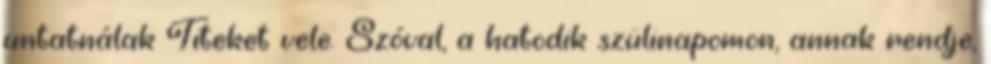
untatnálak Titeket vele. Szóval, a hatodik szülinapomon, annak rendje,